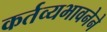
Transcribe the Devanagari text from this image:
कर्तव्यभावनेने